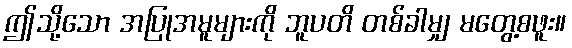
ဤသို့သော အပြုအမူများကို ဘူပတိ တစ်ခါမျှ မတွေ့စဖူး။